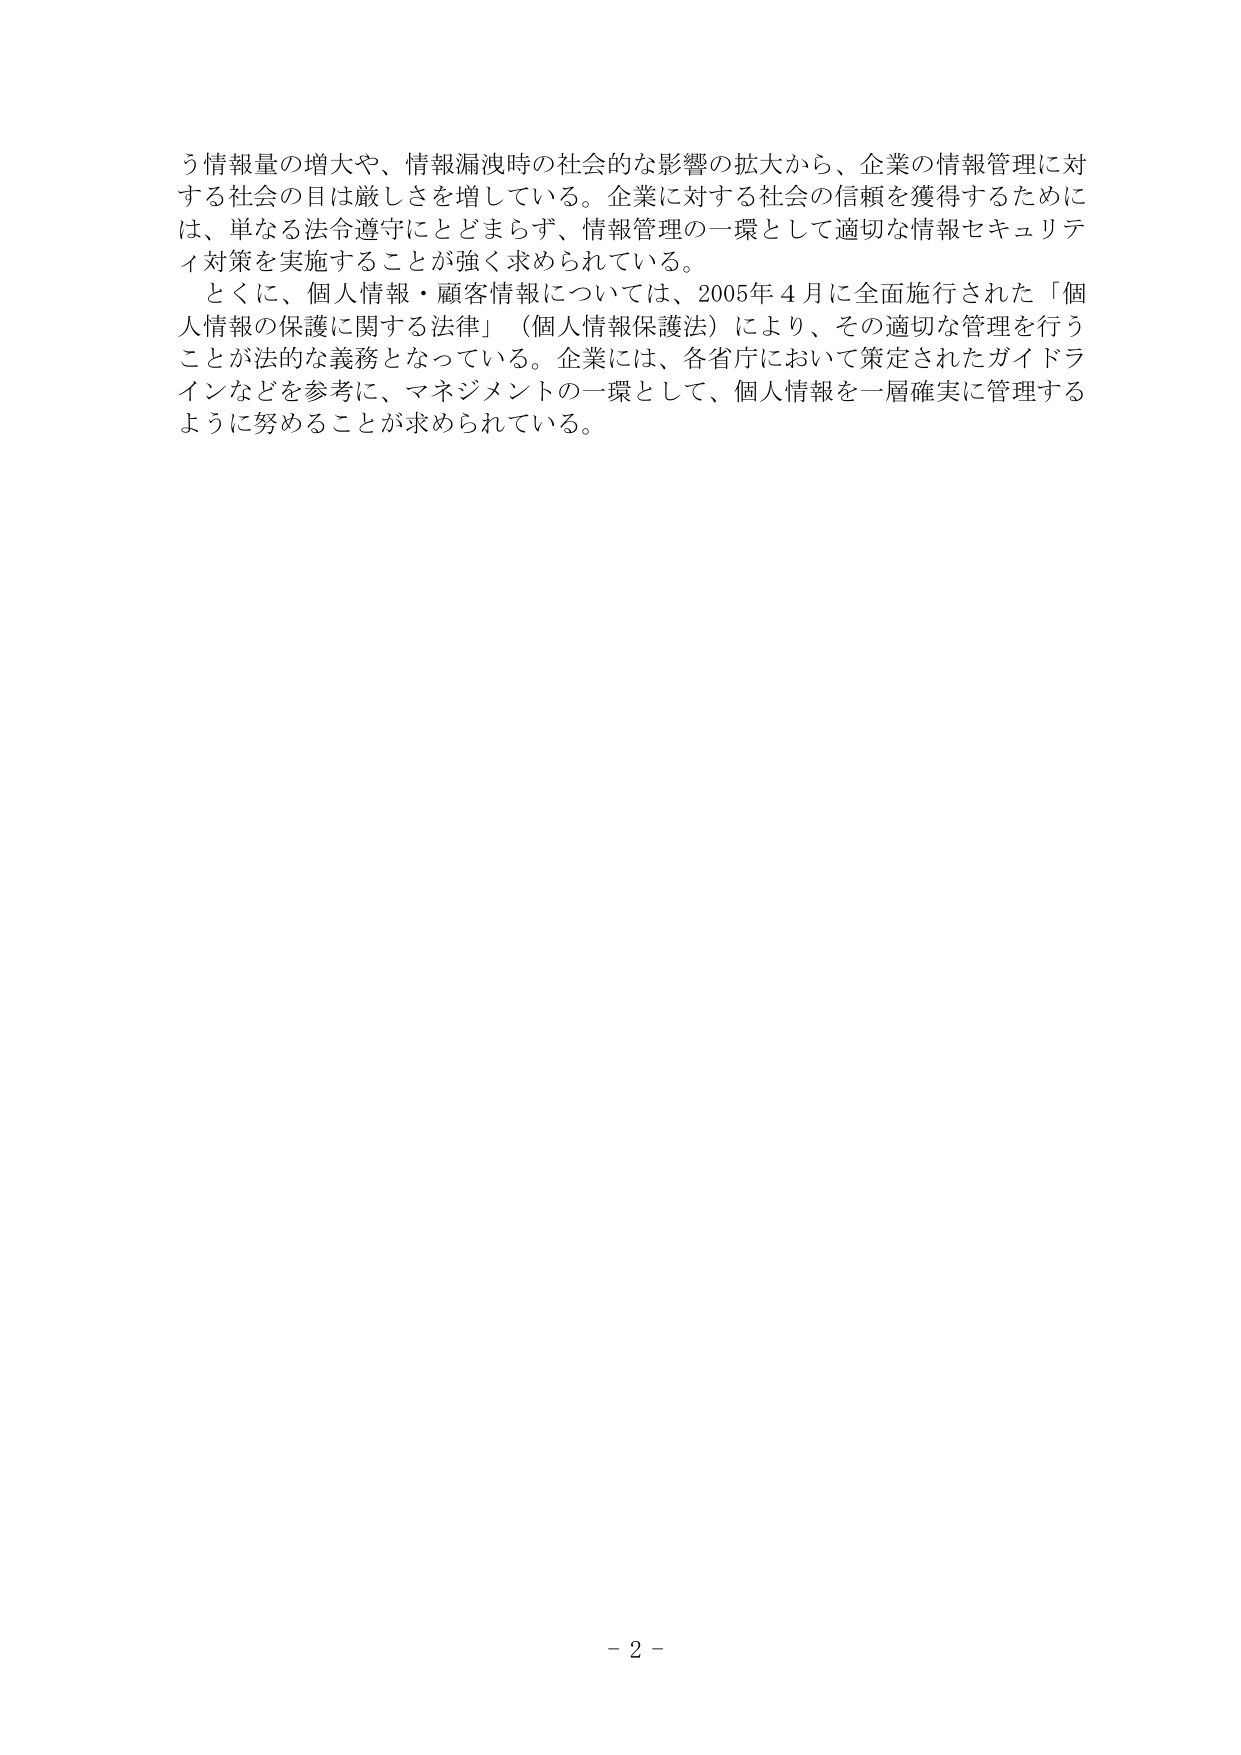
う情報量の増大や、情報漏洩時の社会的な影響の拡大から、企業の情報管理に対する社会の目は厳しさを増している。企業に対する社会の信頼を獲得するためには、単なる法令遵守にとどまらず、情報管理の一環として適切な情報セキュリティ対策を実施することが強く求められている。

とくに、個人情報・顧客情報については、2005年4月に全面施行された「個人情報の保護に関する法律」（個人情報保護法）により、その適切な管理を行うことが法的義務となっている。企業には、各省庁において策定されたガイドラインなどを参考に、マネジメントの一環として、個人情報を一層確実に管理するように努めることが求められている。

－ 2 －